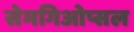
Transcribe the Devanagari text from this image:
सेमगिओप्सल